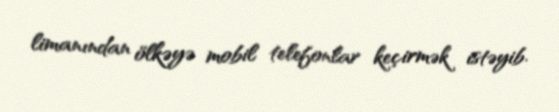
limanından ölkəyə mobil telefonlar keçirmək istəyib.